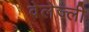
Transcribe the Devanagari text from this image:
वेलेज़्ली